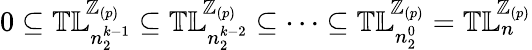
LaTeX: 0\subseteq{\mathbb{TL}}_{n_{2}^{k-1}}^{\! {\mathbb Z}_{(p)}}\subseteq{\mathbb{TL}}_{n_{2}^{k-2}}^{\! {\mathbb Z}_{(p)}}\subseteq\cdots\subseteq{\mathbb{TL}}_{n_{2}^{0}}^{\! {\mathbb Z}_{(p)}}={\mathbb{TL}}_{n}^{\! {\mathbb Z}_{(p)}}